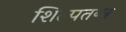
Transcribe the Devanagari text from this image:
शिल्पतन्त्र